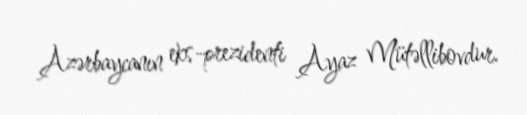
Azərbaycanın eks-prezidenti Ayaz Mütəllibovdur.